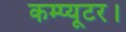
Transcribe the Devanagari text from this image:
कम्प्यूटर।